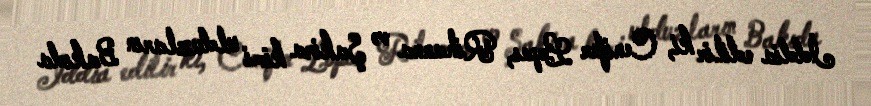
İddia edilir ki, Cenifer Lopes, Rihanna və Şakira kimi ulduzların Bakıda